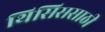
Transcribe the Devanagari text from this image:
थिसिससाठी